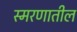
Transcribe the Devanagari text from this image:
स्मरणातील